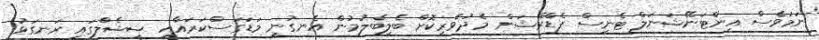
ނަމަވެސް އިންޓަނޭޝަނަލް ޓެނިސް ފެޑްރޭޝަން މެދުވެރިކޮށް ބެލިބެލުމުން އެނގުނީ މަޑަގަސްކަރައާއި ޝީޝެލްގައި ރަނގަޅު